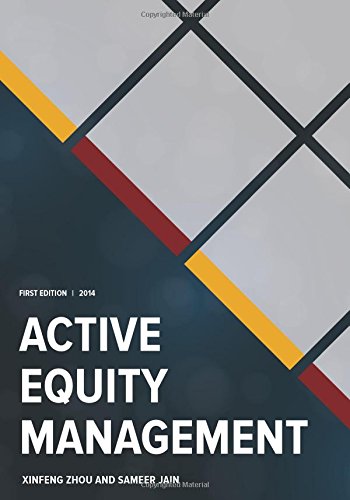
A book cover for Active Equity Management; Xinfeng Zhou; Business & Money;